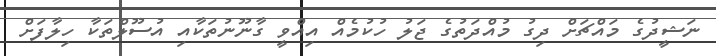
ނަޝީދުގެ މައްޗަށް ދިގު މުއްދަތުގެ ޖަލު ހުކުމެއް އިއްވީ ގާނޫނުތަކާއި އުސޫލްތަކާ ހިލާފަށް